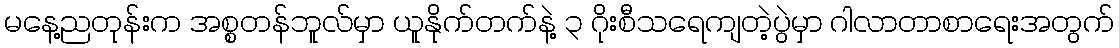
မနေ့ညတုန်းက အစ္စတန်ဘူလ်မှာ ယူနိုက်တက်နဲ့ ၃ ဂိုးစီသရေကျတဲ့ပွဲမှာ ဂါလာတာစာရေးအတွက်